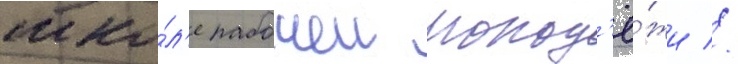
шко́л'е рабочеи молод'ё́жи //